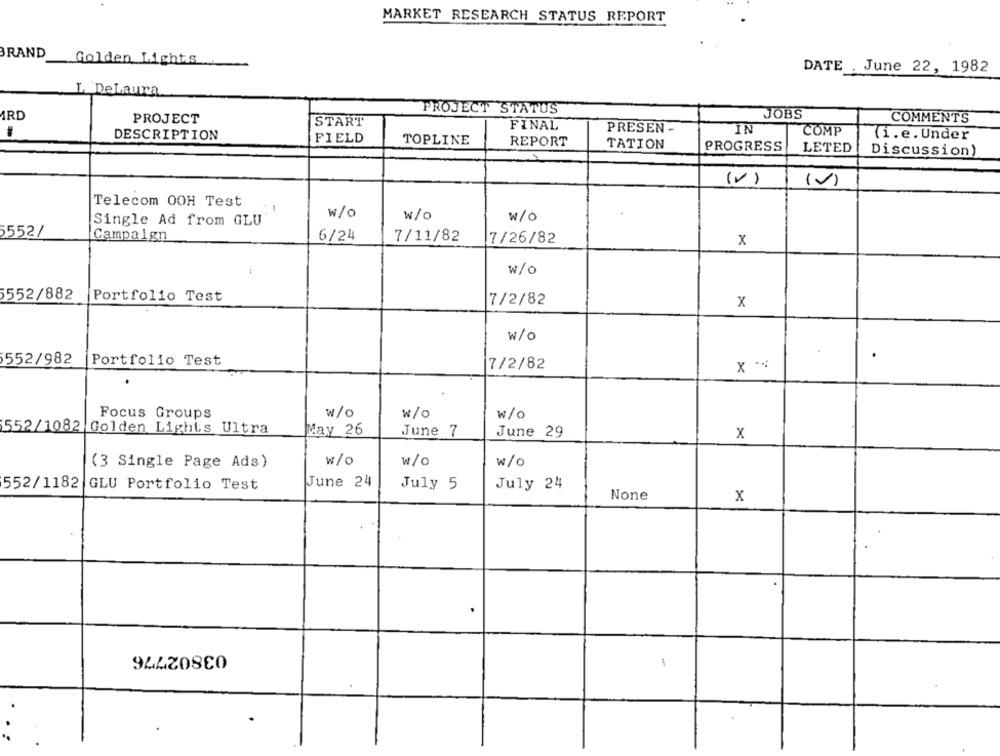
MARKET RESEARCH STATUS REPORT
BRAND
Golden Lights
DATE . June 22, 1982
L. DeLaura
PROJECT STATUS
ARD
PROJECT
START
JOBS
COMMENTS
FINAL
PRESEN-
DESCRIPTION
IN
COMP
(i.e. Under
FIELD
TOPLINE
REPORT
TATION
PROGRESS
LETED
Discussion)
(V)
(v)
Telecom OOH Test
w/o
w/o
w/O
Single Ad from GLU
5552/
Campaign
6/24
7/11/82
7/26/82
x
w/o
552/882
Portfolio Test
7/2/82
x
w/o
552/982
Portfolio Test
7/2/82
×
Focus Groups
w/o
w/o
w/o
552/1082 Golden Lights Ultra
May 26
June 7
June 29
X
W/O
w/O
(3 Single Page Ads)
w/0
June 24
552/1182 GLU Portfolio Test
July 5
July 24
x
03802776
1